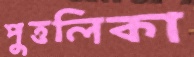
পুত্তলিকা